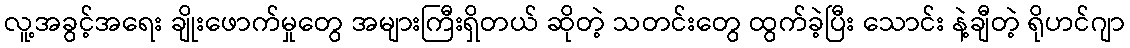
လူ့အခွင့်အရေး ချိုးဖောက်မှုတွေ အများကြီးရှိတယ် ဆိုတဲ့ သတင်းတွေ ထွက်ခဲ့ပြီး သောင်း နဲ့ချီတဲ့ ရိုဟင်ဂျာ